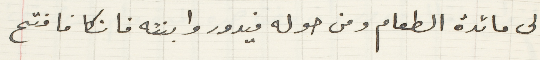
الى مائدة الطعام ومن حوله فيدور وابنته فانكا فافتح